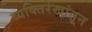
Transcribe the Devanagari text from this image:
व्यक्तिरेखांतून